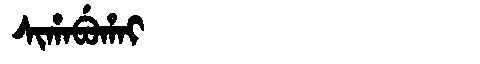
Manchu: ᠰᡳᡥᠠᠪᡠᡥᠠᡳ
Romanization: SIHABUHAI